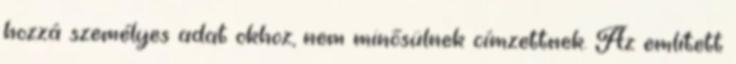
hozzá személyes adat okhoz, nem minősülnek címzettnek. Az említett